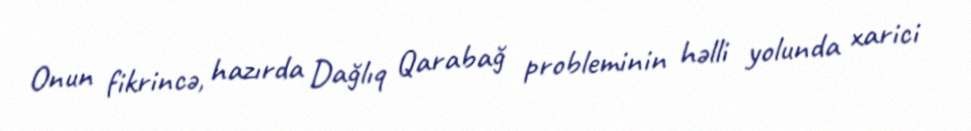
Onun fikrincə, hazırda Dağlıq Qarabağ probleminin həlli yolunda xarici